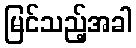
မြင်သည့်အခါ